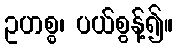
ဥဟစ္စ၊ ပယ်စွန့်၍။